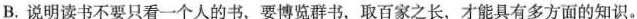
B.说明读书不要只看一个人的书，要博览群书，取百家之长，才能具有多方面的知识。